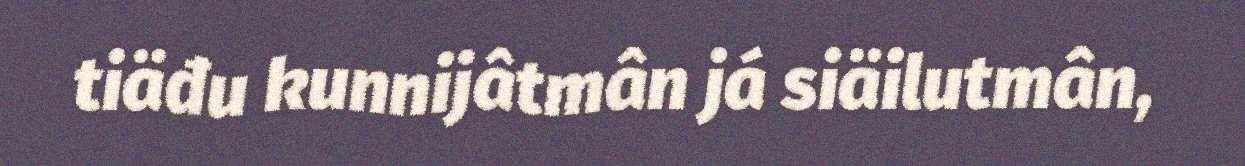
tiäđu kunnijâtmân já siäilutmân,